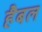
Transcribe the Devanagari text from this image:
हैबल